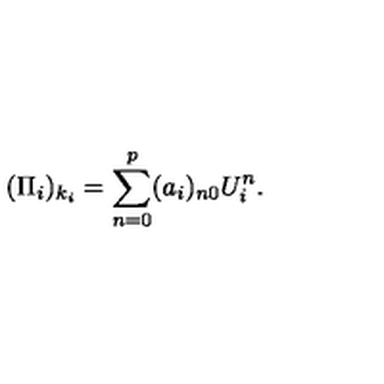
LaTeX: ( \Pi _ { i } ) _ { k _ { i } } = \sum _ { n = 0 } ^ { p } ( a _ { i } ) _ { n 0 } U _ { i } ^ { n } .